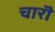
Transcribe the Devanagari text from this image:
चारॊ